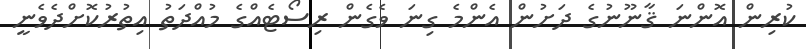
ކުރިން އޮންނަ ޤާނޫނުގެ ދަށުން އެންމެ ގިނަ ވެގެން ރިސޯޓެއްގެ މުއްދަތު އިތުރުކޮށްދެވެނީ